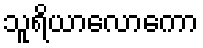
သူရိယာလောကော